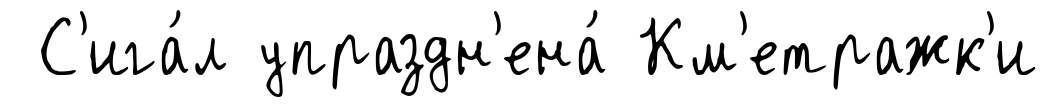
С'ига́л упраздн'ена́ Км'етражк'и